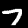
Digit: 7